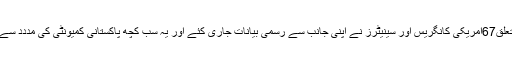
کشمیر سے متعلق67امریکی کانگریس اور سینیٹرز نے اپنی جانب سے رسمی بیانات جاری کئے اور یہ سب کچھ پاکستانی کمیونٹی کی مددد سے ہی ممکن ہوا۔